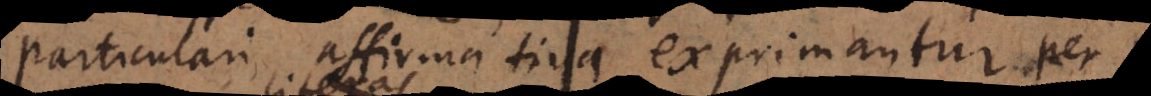
particulari affirmativa, exprimantur per